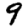
Digit: 9